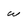
Character: w